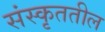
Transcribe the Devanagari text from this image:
संस्कृततील